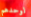
لوحدهم